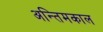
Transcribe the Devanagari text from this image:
अन्तिमकाल